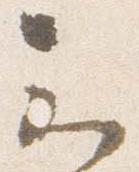
云